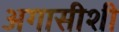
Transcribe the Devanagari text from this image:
अगासीशी